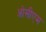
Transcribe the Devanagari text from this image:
ओसीएम